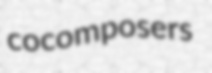
cocomposers